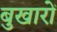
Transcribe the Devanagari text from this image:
बुखारों